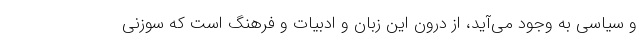
و سیاسی به وجود می‌آید، از درون این زبان و ادبیات و فرهنگ است که سوزنی